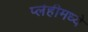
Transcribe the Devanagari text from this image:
प्लेहीमध्ये